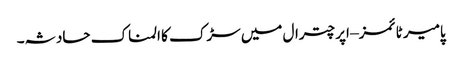
پامیر ٹائمز – اپر چترال میں سڑک کا المناک حادثہ۔